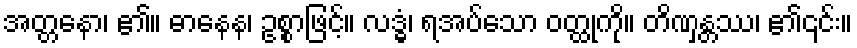
အတ္တနော၊ ၏။ ဓာနေန၊ ဥစ္စာဖြင့်။ လဒ္ဓံ၊ ရအပ်သော ဝတ္ထုကို။ တိဏှန္တဿ၊ ၏၎င်း။